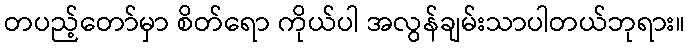
တပည့်တော်မှာ စိတ်ရော ကိုယ်ပါ အလွန်ချမ်းသာပါတယ်ဘုရား။